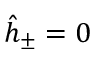
\hat { h } _ { \pm } = 0